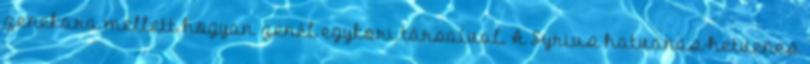
zenekara mellett hogyan zenél egykori társaival. A Syrius hatvanas-hetvenes